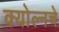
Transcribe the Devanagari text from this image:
क्योल्नचे